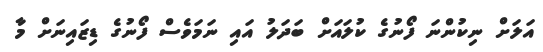
އަލަށް ނިކުންނަ ފޯނުގެ ކުލައަށް ބަދަލު އައި ނަމަވެސް ފޯނުގެ ޑިޒައިނަށް މާ